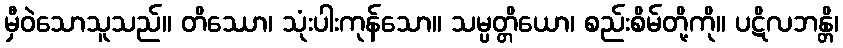
မှီဝဲသောသူသည်။ တိဿော၊ သုံးပါးကုန်သော။ သမ္ပတ္တိယော၊ စည်းစိမ်တို့ကို။ ပဋိလဘန္တိ၊